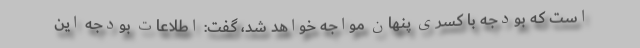
است که بودجه با کسری پنهان مواجه خواهد شد، گفت: اطلاعات بودجه این